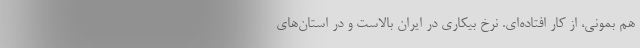
هم بموني، از كار افتاده‌اي. نرخ بيكاري در ايران بالاست و در استان‌هاي